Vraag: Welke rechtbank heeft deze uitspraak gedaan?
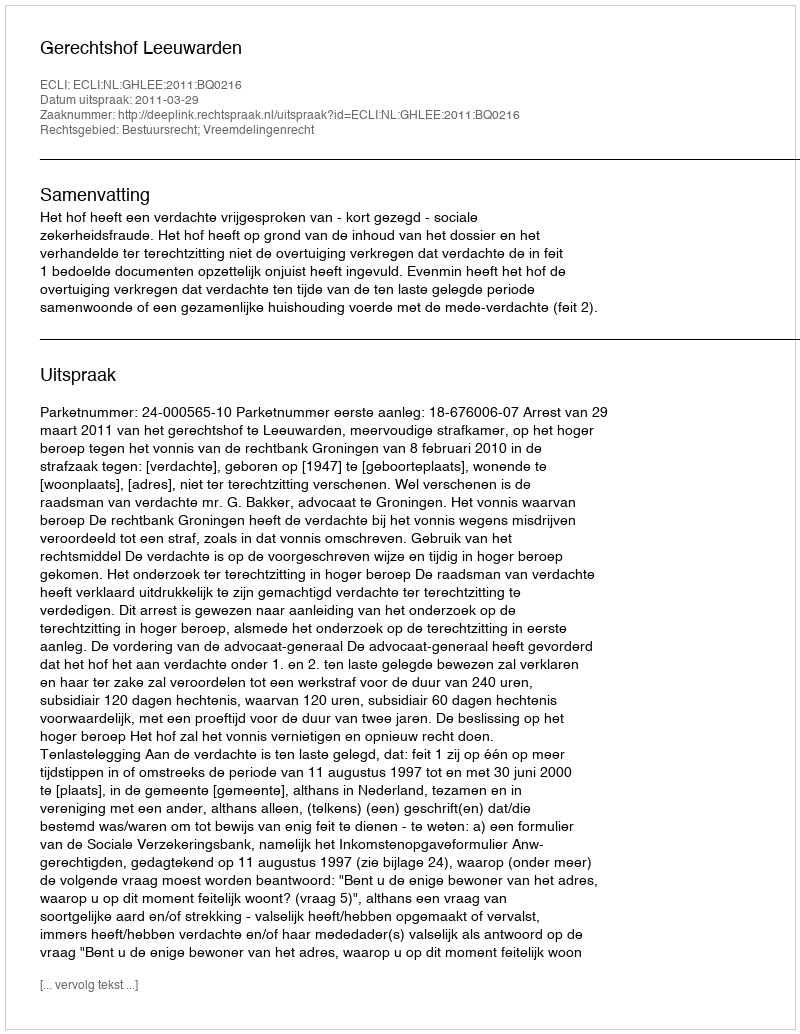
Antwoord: Gerechtshof Leeuwarden